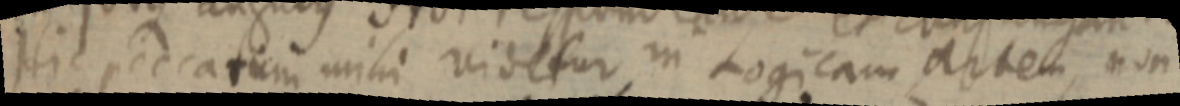
Hic peccatum mihi videtur in Logicam artem, non